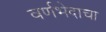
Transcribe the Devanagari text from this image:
वर्णभेदाचा